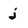
Character: j